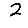
Digit: 2